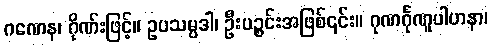
ဂဏေန၊ ဂိုဏ်းဖြင့်။ ဥပသမ္ပဒါ၊ ဦးပဉ္စင်းအဖြစ်၎င်း။ ဂုဏင်္ဂုဏူပါဟနာ၊